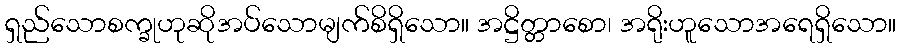
ရှည်သောစက္ခုဟုဆိုအပ်သောမျက်စိရှိသော။ အဋ္ဌိတ္တာစော၊ အရိုးဟူသောအရေရှိသော။